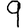
Digit: 9